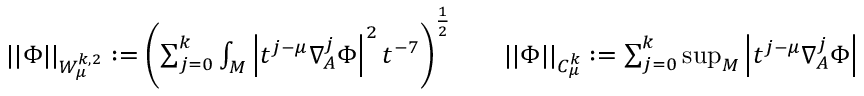
\begin{array} { r l r } { | | \Phi | | _ { W _ { \mu } ^ { k , 2 } } : = \left( \sum _ { j = 0 } ^ { k } \int _ { M } \left| t ^ { j - \mu } \nabla _ { A } ^ { j } \Phi \right| ^ { 2 } t ^ { - 7 } \right) ^ { \frac { 1 } { 2 } } } & { } & { | | \Phi | | _ { C _ { \mu } ^ { k } } : = \sum _ { j = 0 } ^ { k } \operatorname* { s u p } _ { M } \left| t ^ { j - \mu } \nabla _ { A } ^ { j } \Phi \right| } \end{array}